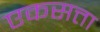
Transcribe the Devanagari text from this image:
एकसत्ता